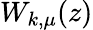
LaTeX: W_{k,\mu}(z)